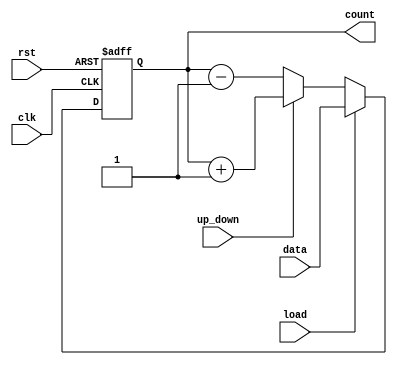
`timescale 1ns / 1ps

module up_down_counter(clk,rst,up_down,load,data,count);
input clk,rst,load,up_down;
input [3:0]data;
output reg [3:0]count;
always@(posedge clk or posedge rst)
begin
 if(rst)
  count=4'b0000;
 else if(load)
  count=data;
 else if(up_down==1)
  count=count+1;
 else if (up_down==0)
  count=count-1;
end
endmodule